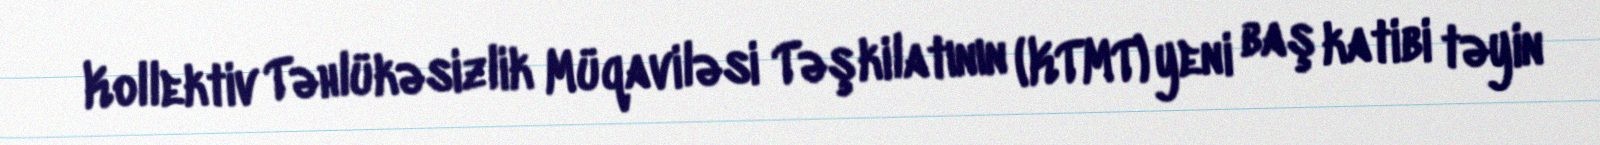
Kollektiv Təhlükəsizlik Müqaviləsi Təşkilatının (KTMT) yeni baş katibi təyin